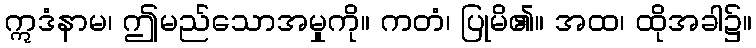
ဣဒံနာမ၊ ဤမည်သောအမှုကို။ ကတံ၊ ပြုမိ၏။ အထ၊ ထိုအခါ၌။